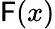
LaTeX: \mathsf{F}(x)